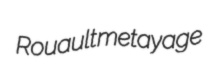
Rouault metayage